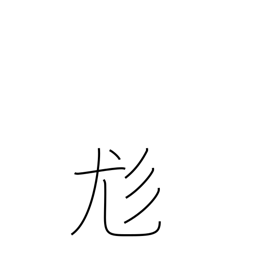
Meaning: shaggy hair or dog